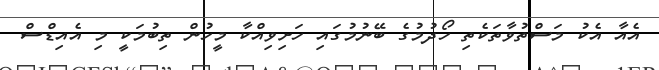
އެއާ އެކު މަސްތުވާތަކެތި ހޯދުމުގެ ބޭނުމުގައި ހަށިވިއްކާ މީހުން ތިބުމަކީ މި އެއިޑްސް